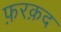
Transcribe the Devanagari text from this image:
फ़रक़द